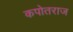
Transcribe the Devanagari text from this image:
कपोतराज